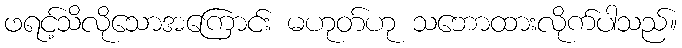
ဖရင့်သိလိုသောအကြောင်း မဟုတ်ဟု သဘောထားလိုက်ပါသည်။